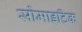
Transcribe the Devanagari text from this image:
सोमाइटिक